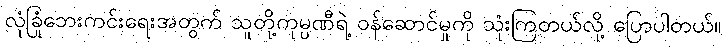
လုံခြုံဘေးကင်းရေးအတွက် သူတို့ကုမ္ပဏီရဲ့ ဝန်ဆောင်မှုကို သုံးကြတယ်လို့ ပြောပါတယ်။